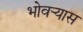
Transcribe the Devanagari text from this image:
भोवर्‍यास